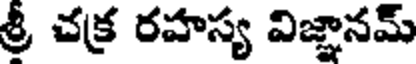
శ్రీ చక్ర రహస్య విజ్ఞానమ్